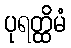
ပုရတ္ထိမံ